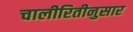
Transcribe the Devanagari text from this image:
चालीरितीनुसार